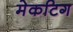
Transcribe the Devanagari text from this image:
मेकटिग